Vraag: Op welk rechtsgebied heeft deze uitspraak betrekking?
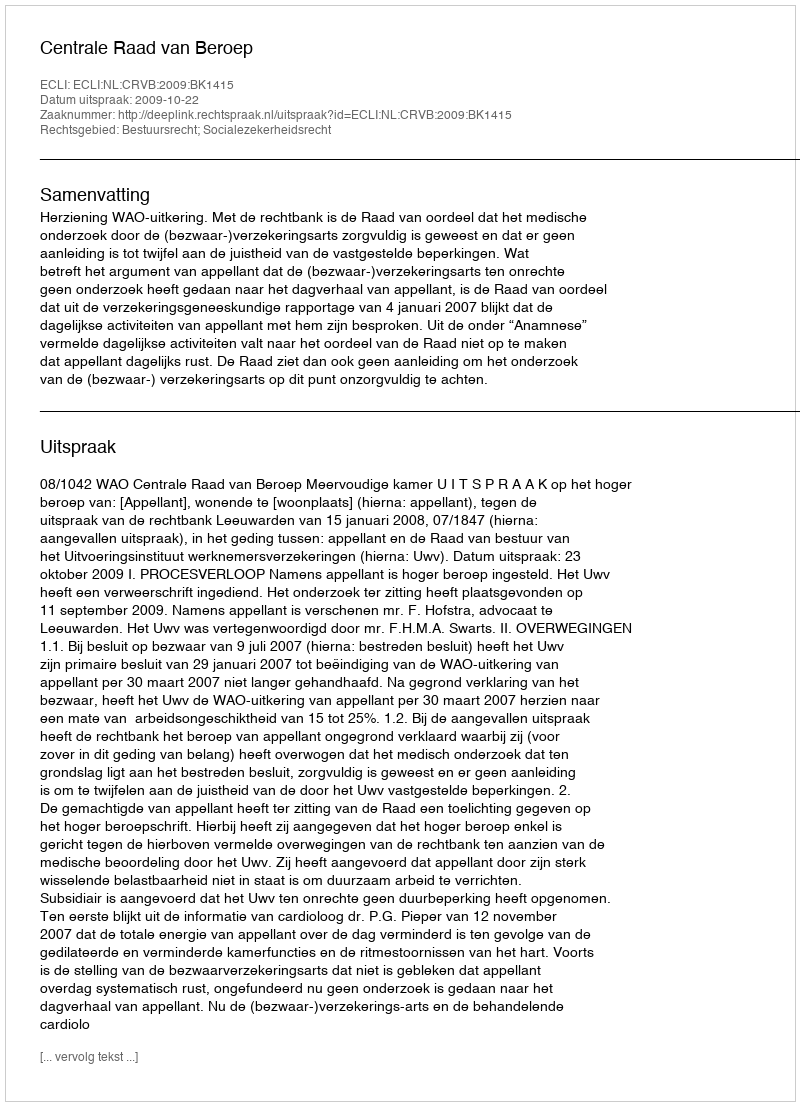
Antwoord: Bestuursrecht; Socialezekerheidsrecht